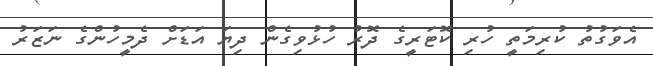
އެވަގުތު ކުރިމަތީ ހުރި ކޮޓަރީގެ ދޮރު ހުޅުވިގެން ދިޔަ އަޑަށް ދެމީހުންގެ ނަޒަރު